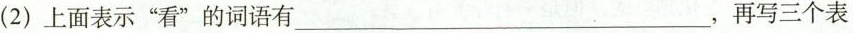
(2) 上面表示“看”的词语有___，再写三个表